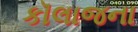
કૉલાજના